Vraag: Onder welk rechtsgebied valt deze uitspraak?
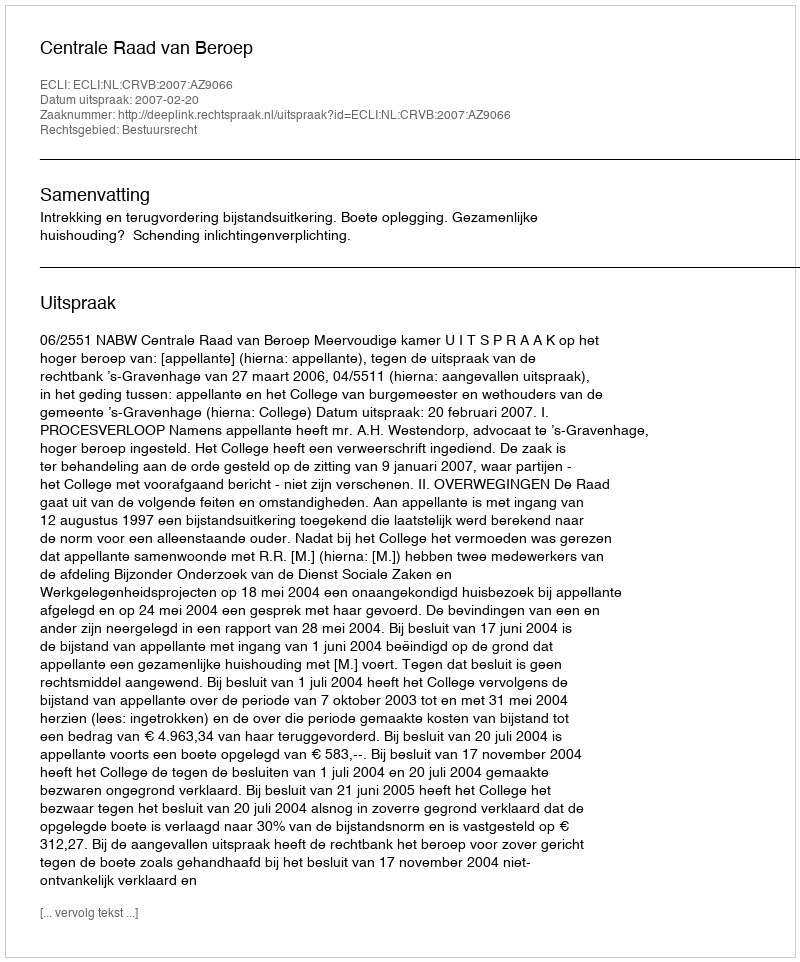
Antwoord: Bestuursrecht